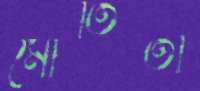
মৌতিতা